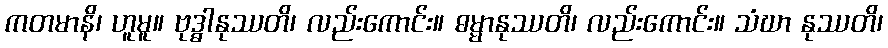
ကတမာနိ၊ ဟူမူ။ ဗုဒ္ဓါနုဿတိ၊ လည်းကောင်း။ ဓမ္မာနုဿတိ၊ လည်းကောင်း။ သံဃာ နုဿတိ၊